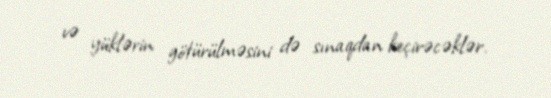
və yüklərin götürülməsini də sınaqdan keçirəcəklər.